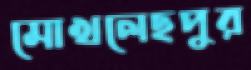
মোখলেছপুর